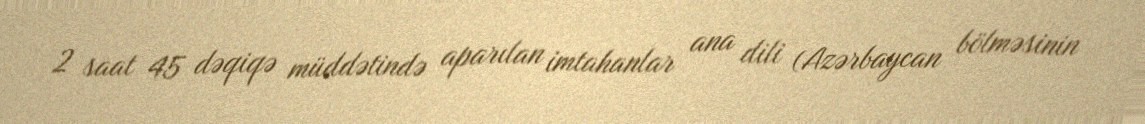
2 saat 45 dəqiqə müddətində aparılan imtahanlar ana dili (Azərbaycan bölməsinin